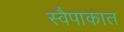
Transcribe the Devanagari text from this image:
स्वैपाकात